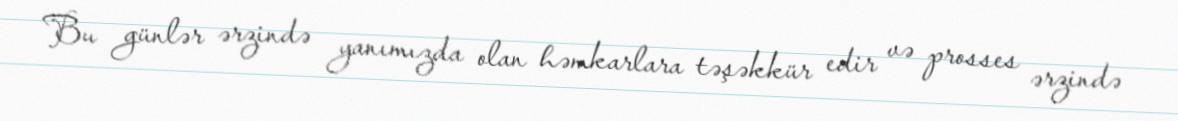
Bu günlər ərzində yanımızda olan həmkarlara təşəkkür edir və prosses ərzində